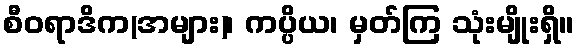
စီဝရာဒိက(အများ)၊ ကပ္ပိယ၊ မှတ်ကြ သုံးမျိုးရှိ။